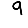
Digit: 9